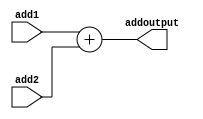
`timescale 1ns / 1ps
//////////////////////////////////////////////////////////////////////////////////
// Company: 
// Engineer: 
// 
// Design Name: 
// Module Name: add
// Project Name: 
// Target Devices: 
// Tool Versions: 
// Description: 
// 
// Dependencies: 
// 
// Revision:
// Revision 0.01 - File Created
// Additional Comments:
// 
//////////////////////////////////////////////////////////////////////////////////


module add(
    input[31:0] add1, input[31:0] add2, output[31:0] addoutput
    );
    
    assign addoutput = add1 + add2;
endmodule